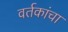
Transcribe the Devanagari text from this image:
वर्तकांचा